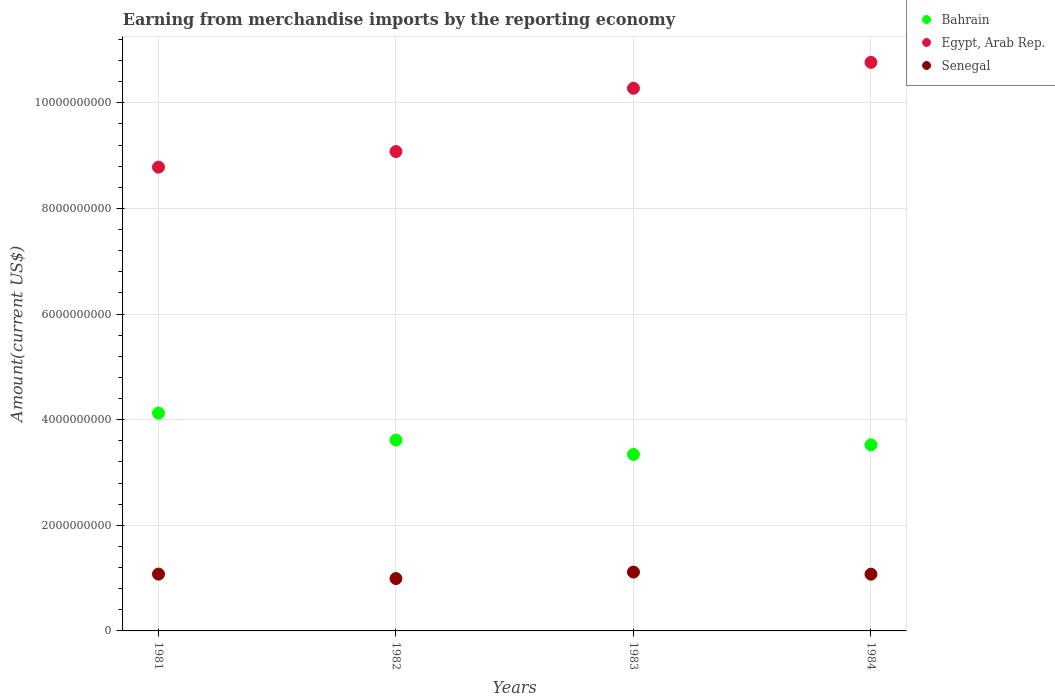
| Years | Bahrain | Egypt, Arab Rep. | Senegal |
 | --- | --- | --- | --- |
 | 1981 | 4.12e+09 | 8.78e+09 | 1.08e+09 |
 | 1982 | 3.61e+09 | 9.08e+09 | 9.92e+08 |
 | 1983 | 3.34e+09 | 1.03e+10 | 1.11e+09 |
 | 1984 | 3.52e+09 | 1.08e+10 | 1.07e+09 |